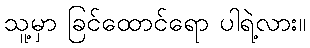
သူ့မှာ ခြင်ထောင်ရော ပါရဲ့လား။